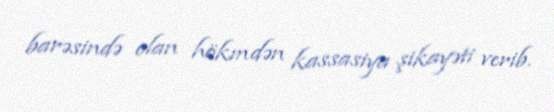
barəsində olan hökmdən kassasiya şikayəti verib.